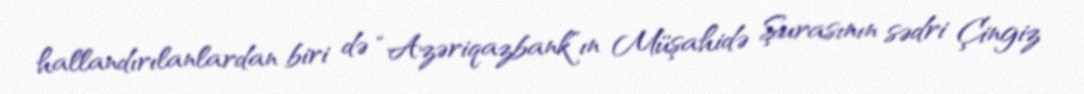
hallandırılanlardan biri də “Azəriqazbank”ın Müşahidə Şurasının sədri Çingiz